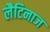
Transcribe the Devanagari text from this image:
लैटिनाज